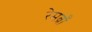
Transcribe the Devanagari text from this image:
रेमब्राँ